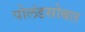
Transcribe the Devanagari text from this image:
पोलंडसोबत